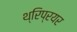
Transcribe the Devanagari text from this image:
थ्रिप्रयर